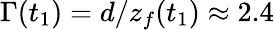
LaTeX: \Gamma(t_{1})=d/z_{f}(t_{1})\approx 2.4